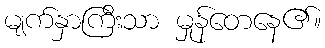
မျက်နှာကြီးသာ မှုန်တေနေ၏။